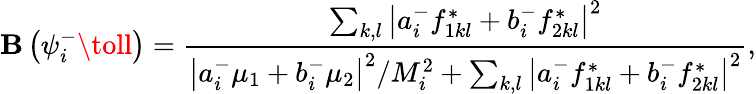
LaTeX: \mathbf{B}\left(\psi_{i}^{-}\toll\right)={\frac{{\sum_{k,l}\left|a_{i}^{-}f_{1kl}^{\ast}+b_{i}^{-}f_{2kl}^{\ast}\right|^{2}}}{{\left|a_{i}^{-}\mu_{1}+b_{i}^{-}\mu_{2}\right|^{2}/M_{i}^{2}+\sum_{k,l}\left|a_{i}^{-}f_{1kl}^{*}+b_{i}^{-}f_{2kl}^{*}\right|^{2}}}},